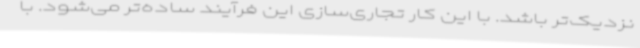
نزدیک‌تر باشد. با این کار تجاری‌سازی این فرآیند ساده‌تر می‌شود. با